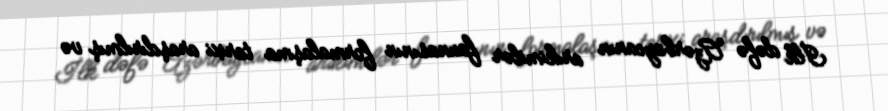
İlk dəfə Azərbaycanın arıkimilər faunasının formalaşma tarixi araşdırılmış və